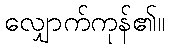
လျှောက်ကုန်၏။